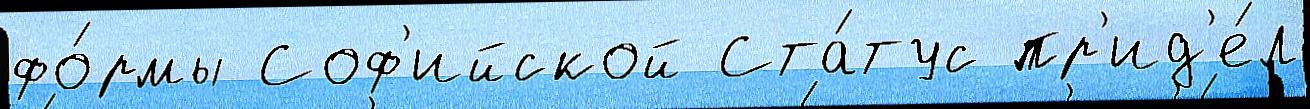
фо́рмы Соф'ийской Ста́тус пр'ид'е́л